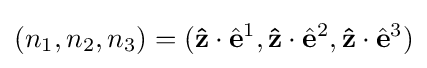
(n_{1},n_{2},n_{3})=(\mathbf {\hat {z}} \cdot {\hat {\mathbf {e} }}^{1},\mathbf {\hat {z}} \cdot {\hat {\mathbf {e} }}^{2},\mathbf {\hat {z}} \cdot {\hat {\mathbf {e} }}^{3})